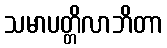
သမာပတ္တိလာဘိတာ